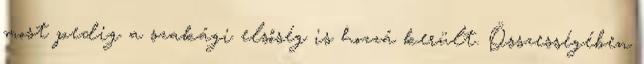
most pedig a szakági elsőség is hozzá került. Összességében